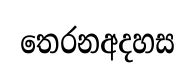
තෙරනඅදහස